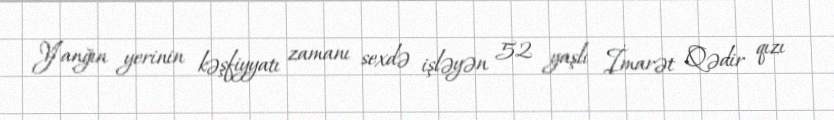
Yanğın yerinin kəşfiyyatı zamanı sexdə işləyən 52 yaşlı İmarət Qədir qızı